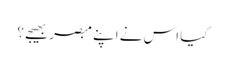
کیا اس نے اپنے مبصر بھیجے ؟